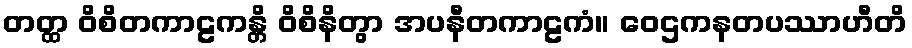
တတ္ထ ဝိစိတကာဠကန္တိ ဝိစိနိတွာ အပနီတကာဠကံ။ ဝေဌကနတပဿာဟီတိ